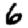
Digit: 6